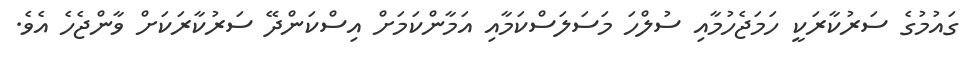
ގައުމުގެ ސަރުކާރަކީ ހަމަޖެހުމާއި ސުލްހަ މަސަލަސްކަމާއި އަމާންކަމަށް އިސްކަންދޭ ސަރުކާރަކަށް ވާންޖެހެ އެވެ.